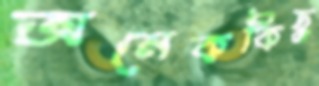
অনেককিছু